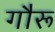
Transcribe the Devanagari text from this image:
गौरू